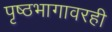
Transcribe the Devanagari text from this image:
पृष्ठभागावरही